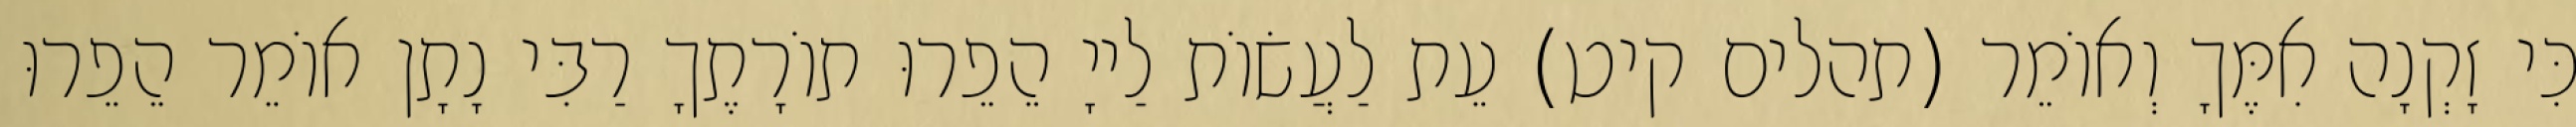
כִּי זָקְנָה אִמֶּךָ וְאוֹמֵר (תהלים קיט) עֵת לַעֲשׂוֹת לַייָ הֵפֵרוּ תוֹרָתֶךָ רַבִּי נָתָן אוֹמֵר הֵפֵרוּ